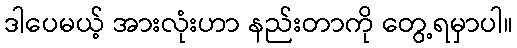
ဒါပေမယ့် အားလုံးဟာ နည်းတာကို တွေ့ရမှာပါ။